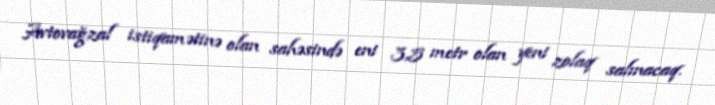
Avtovağzal istiqamətinə olan sahəsində eni 3,5 metr olan yeni zolaq salınacaq.